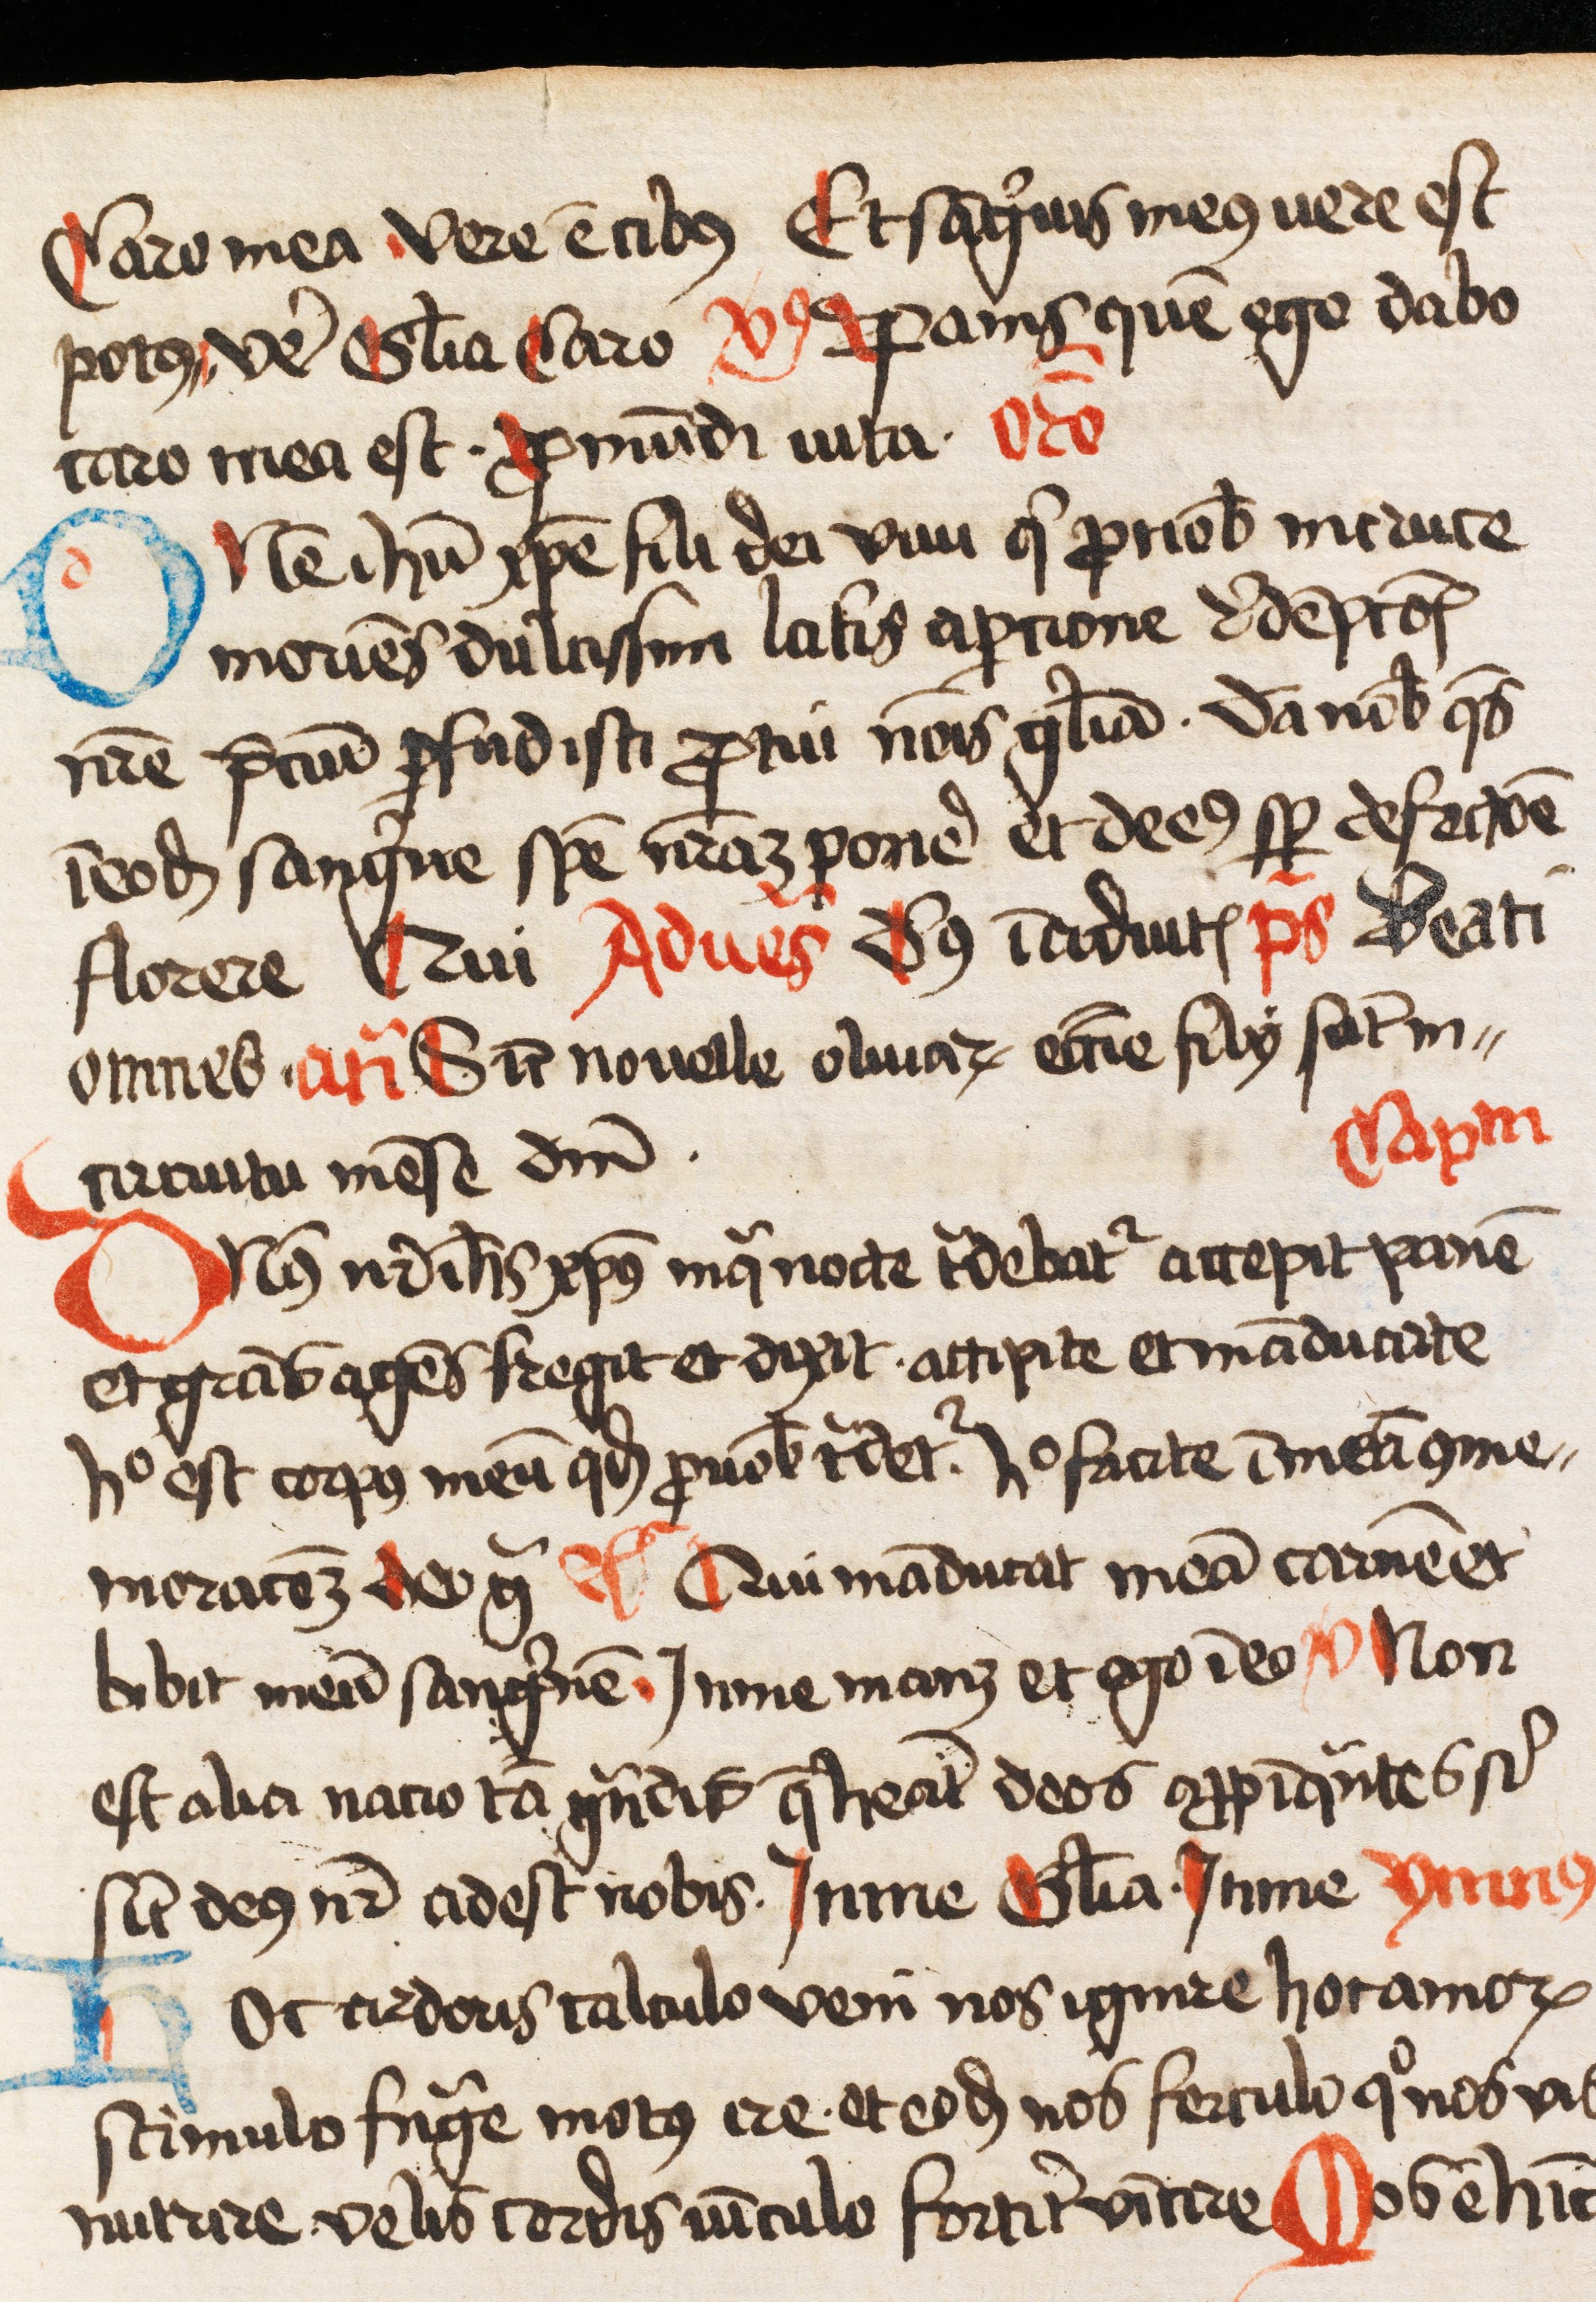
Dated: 1445–1499